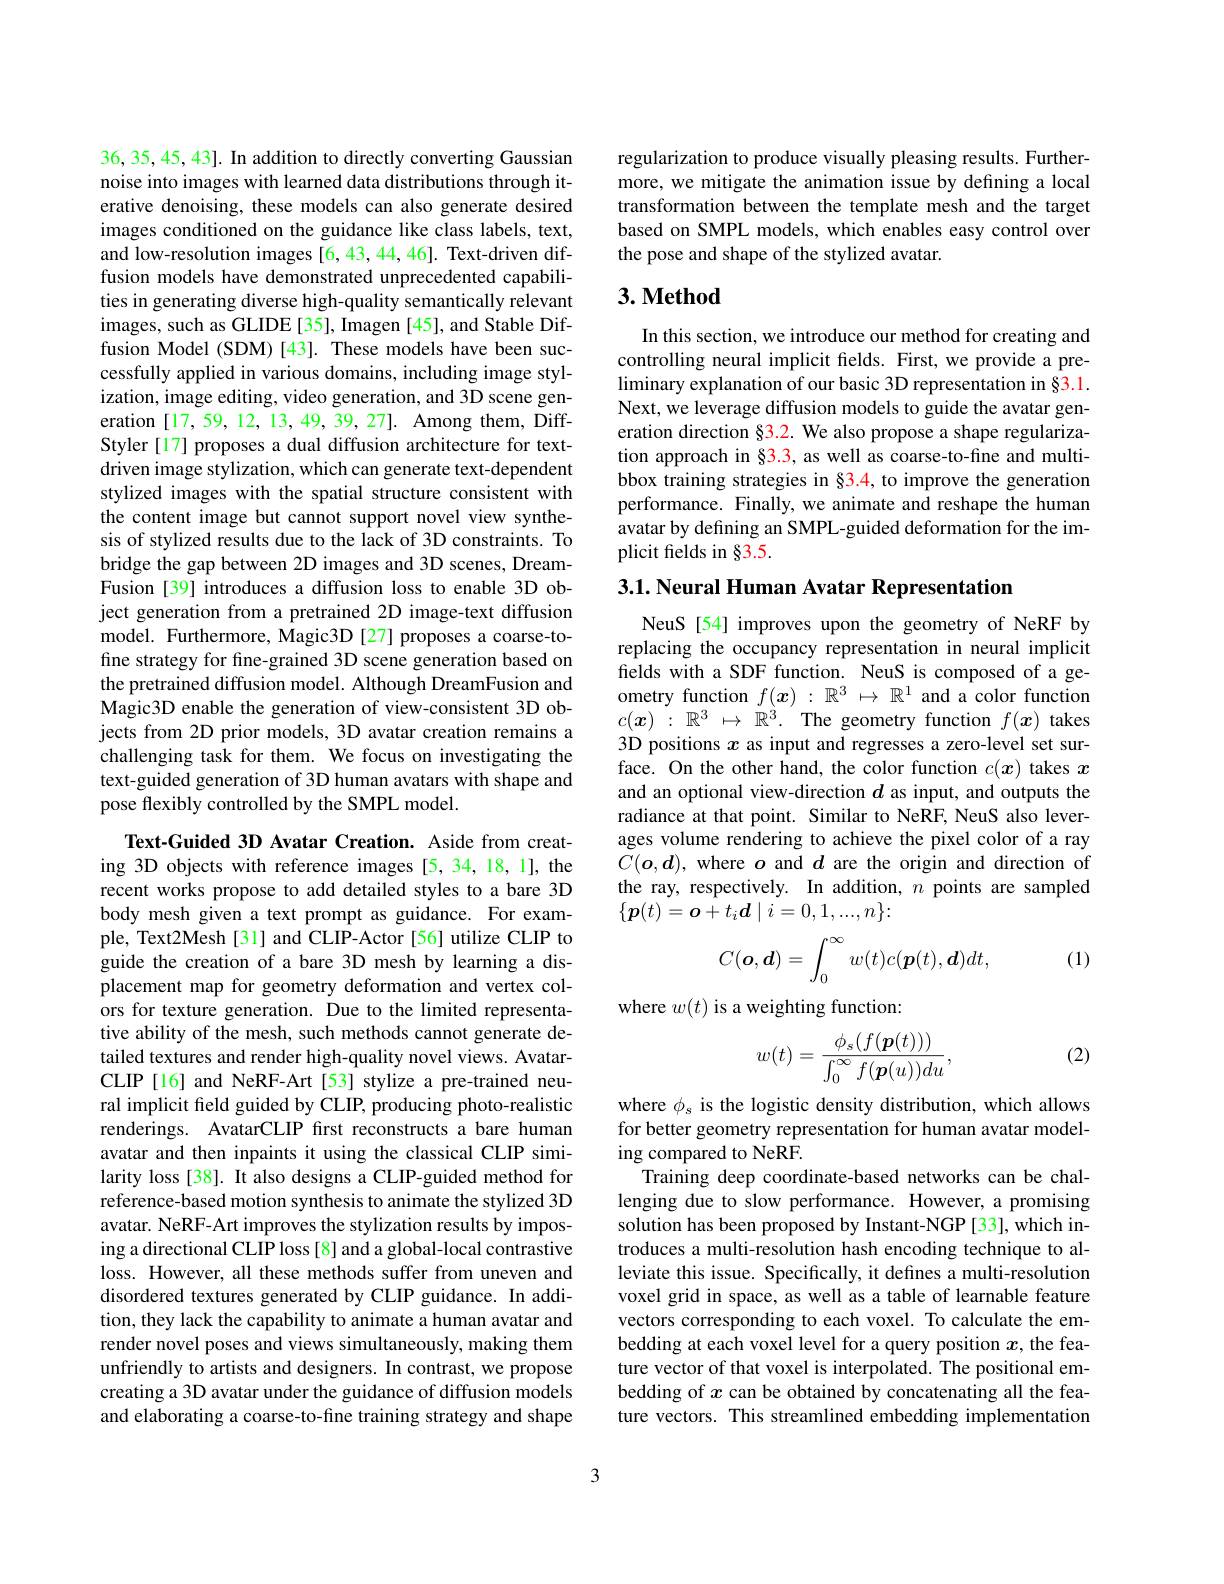
36,35,45,43]. In addition to directly converting Gaussian noise into images with learned data distributions through iterative denoising, these models can also generate desired images conditioned on the guidance like class labels, text, and low-resolution images[6,43,44,46]. Text-driven diffusion models have demonstrated unprecedented capabilities in generating diverse high-quality semantically relevant images, such as GLIDE[35], Imagen[45], and Stable Diffusion Model (SDM)[43]. These models have been successfully applied in various domains, including image stylization, image editing, video generation, and 3D scene generation [17,59,12,13,49,39,27]. Among them, DiffStyler [17] proposes a dual diffusion architecture for textdriven image stylization, which can generate text-dependent stylized images with the spatial structure consistent with the content image but cannot support novel view synthesis of stylized results due to the lack of 3D constraints. To bridge the gap between 2D images and 3D scenes, DreamFusion [39] introduces a diffusion loss to enable 3D object generation from a pretrained 2D image-text diffusion model. Furthermore, Magic3D [27] proposes a coarse-tofine strategy for fine-grained 3D scene generation based on the pretrained diffusion model. Although DreamFusion and Magic3D enable the generation of view-consistent 3D objects from 2D prior models, 3D avatar creation remains a challenging task for them. We focus on investigating the text-guided generation of 3D human avatars with shape and pose flexibly controlled by the SMPL model.

Text-Guided 3D Avatar Creation. Aside from creating 3D objects with reference images [5,34,18,1], the recent works propose to add detailed styles to a bare 3D body mesh given a text prompt as guidance. For example, Text2Mesh[31] and CLIP-Actor [56] utilize CLIP to guide the creation of a bare 3D mesh by learning a displacement map for geometry deformation and vertex colors for texture generation. Due to the limited representative ability of the mesh, such methods cannot generate detailed textures and render high-quality novel views. AvatarCLIP [16] and NeRF-Art [53] stylize a pre-trained neural implicit field guided by CLIP, producing photo-realistic renderings. AvatarCLIP frst reconstructs a bare human avatar and then inpaints it using the classical CLIP similarity loss [38]. It also designs a CLIP-guided method for reference-based motion synthesis to animate the stylized 3D avatar. NeRF-Art improves the stylization results by imposing a directional CLIP loss [8] and a global-local contrastive loss. However, all these methods suffer from uneven and disordered textures generated by CLIP guidance. In addition, they lack the capability to animate a human avatar and render novel poses and views simultaneously, making them unfriendly to artists and designers. In contrast, we propose creating a 3D avatar under the guidance of diffusion models and elaborating a coarse-to-fine training strategy and shape

regularization to produce visually pleasing results. Furthermore, we mitigate the animation issue by defining a local transformation between the template mesh and the target based on SMPL models, which enables easy control over the pose and shape of the stylized avatar.

## $3. \textbf{Method}$

In this section, we introduce our method for creating and controlling neural implicit fields. First, we provide a preliminary explanation of our basic 3D representation in §3.1. Next, we leverage diffusion models to guide the avatar generation direction §3.2. We also propose a shape regularization approach in §3.3, as well as coarse-to-fine and multibbox training strategies in §3.4, to improve the generation performance. Finally, we animate and reshape the human avatar by defining an SMPL-guided deformation for the implicit fields in §3.5.

3.1. Neural Human Avatar Representation

NeuS [54] improves upon the geometry of NeRF by replacing the occupancy representation in neural implicit felds with a SDF function. NeuS is composed of a geometry function $f(x):\mathbb{R}^3\mapsto\mathbb{R}^1$ and a color function $c( \boldsymbol{x})$ : $\mathbb{R} ^3$ $\mapsto$ $\mathbb{R} ^3.$ The geometry function $f(\boldsymbol{x})$ takes 3D positions $x$ as input and regresses a zero-level set surface. On the other hand, the color function $c(x)$ takes $x$ and an optional view-direction $d$ as input, and outputs the radiance at that point. Similar to NeRF, NeuS also leverages volume rendering to achieve the pixel color of a ray $C(\boldsymbol{o},\boldsymbol{d})$, where $o$ and $d$ are the origin and direction of the ray, respectively. In addition, $n$ points are sampled $\{\boldsymbol{p}(t)=\boldsymbol{o}+t_i\boldsymbol{d}\mid i=0,1,...,n\}:$
$$C(\boldsymbol{o},\boldsymbol{d})=\int_0^\infty w(t)c(\boldsymbol{p}(t),\boldsymbol{d})dt,$$
(1)

where $w(t)$ is a weighting function:

(2)
$$w(t)=\frac{\phi_s(f(\boldsymbol{p}(t)))}{\int_0^\infty f(\boldsymbol{p}(u))du},$$
where $\phi_s$ is the logistic density distribution, which allows for better geometry representation for human avatar modeling compared to NeRF.
Training deep coordinate-based networks can be challenging due to slow performance. However, a promising solution has been proposed by Instant-NGP [33], which introduces a multi-resolution hash encoding technique to alleviate this issue. Specifically, it defines a multi-resolution voxel grid in space, as well as a table of learnable feature vectors corresponding to each voxel. To calculate the embedding at each voxel level for a query position $x$, the feature vector of that voxel is interpolated. The positional embedding of $x$ can be obtained by concatenating all the feature vectors. This streamlined embedding implementation

3